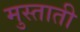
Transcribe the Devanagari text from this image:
मुस्ताती